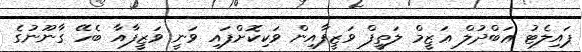
ޕައިލެޓު ޢަބްދުލް ޢަޒީމް ލަތީފް ވަޒީފާއިން ވަކިކޮށްފައި ވަނީ ވަޒީފާއާ ބެހޭ ގާނޫނުގެ